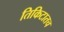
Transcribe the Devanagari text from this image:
तिकिटातच